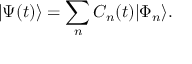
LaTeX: | \Psi ( t ) \rangle = \sum _ { n } C _ { n } ( t ) | \Phi _ { n } \rangle .